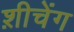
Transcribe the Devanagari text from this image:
श़ीचेंग